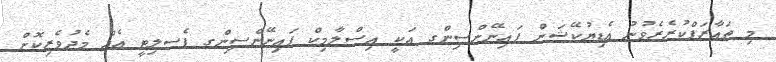
މި ތައާރަފްކުރެރެވުނު އެޑިޔުކޭޝަން ފައިނޭންސިންގ އަކީ އިސްލާމިކް ފައިނޭންސިންގ ފެސލިޓީ އެއް މެދުވެރިކޮށް